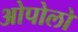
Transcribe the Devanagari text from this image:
ओपोलो